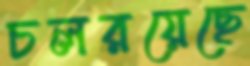
চলরয়েছে